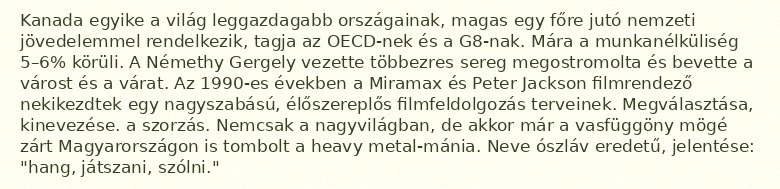
Kanada egyike a világ leggazdagabb országainak, magas egy főre jutó nemzeti jövedelemmel rendelkezik, tagja az OECD-nek és a G8-nak. Mára a munkanélküliség 5–6% körüli. A Némethy Gergely vezette többezres sereg megostromolta és bevette a várost és a várat. Az 1990-es években a Miramax és Peter Jackson filmrendező nekikezdtek egy nagyszabású, élőszereplős filmfeldolgozás terveinek. Megválasztása, kinevezése. a szorzás. Nemcsak a nagyvilágban, de akkor már a vasfüggöny mögé zárt Magyarországon is tombolt a heavy metal-mánia. Neve ószláv eredetű, jelentése: "hang, játszani, szólni."